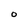
Character: 0